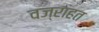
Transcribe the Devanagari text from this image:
वज्राहत